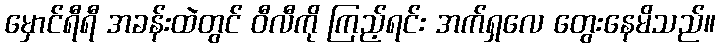
မှောင်ရီရီ အခန်းထဲတွင် ဝီလီကို ကြည့်ရင်း အက်ရှလေ တွေးနေမိသည်။